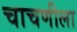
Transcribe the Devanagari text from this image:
चाचणीला